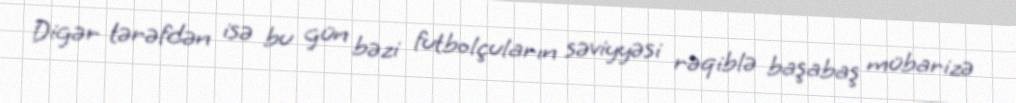
Digər tərəfdən isə bu gün bəzi futbolçuların səviyyəsi rəqiblə başabaş mübarizə